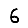
Digit: 6